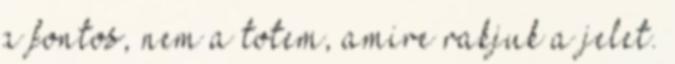
a fontos, nem a totem, amire rakjuk a jelet.